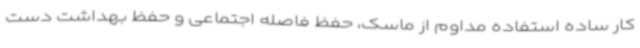
کار ساده استفاده مداوم از ماسک، حفظ فاصله اجتماعی و حفظ بهداشت دست